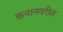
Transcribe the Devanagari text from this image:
कनानवरील